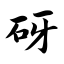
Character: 砑